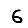
Digit: 6